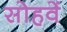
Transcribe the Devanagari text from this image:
सोहवें